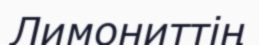
Лимониттің